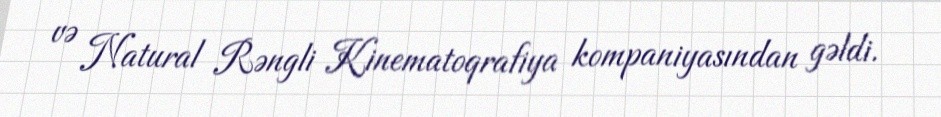
və Natural Rəngli Kinematoqrafiya kompaniyasından gəldi.